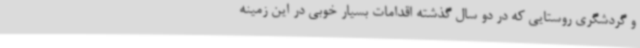
و گردشگری روستایی که در دو سال گذشته اقدامات بسیار خوبی در این زمینه